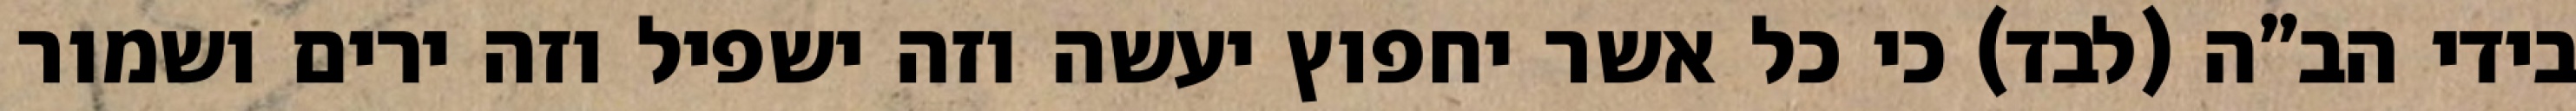
בידי הב”ה (לבד) כי כל אשר יחפוץ יעשה וזה ישפיל וזה ירים ושמור